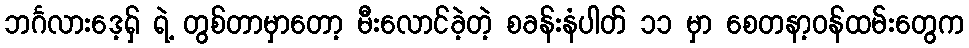
ဘင်္ဂလားဒေ့ရှ် ရဲ့ တွစ်တာမှာတော့ မီးလောင်ခဲ့တဲ့ စခန်းနံပါတ် ၁၁ မှာ စေတနာ့ဝန်ထမ်းတွေက